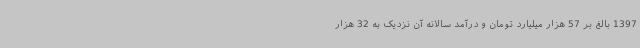
1397 بالغ بر 57 هزار میلیارد تومان و درآمد سالانه آن نزدیک به 32 هزار